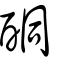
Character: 酮